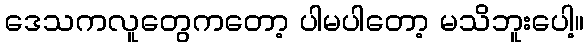
ဒေသကလူတွေကတော့ ပါမပါတော့ မသိဘူးပေါ့။